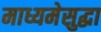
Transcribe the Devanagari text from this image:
माध्यमेसुद्धा